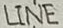
Text: LINE